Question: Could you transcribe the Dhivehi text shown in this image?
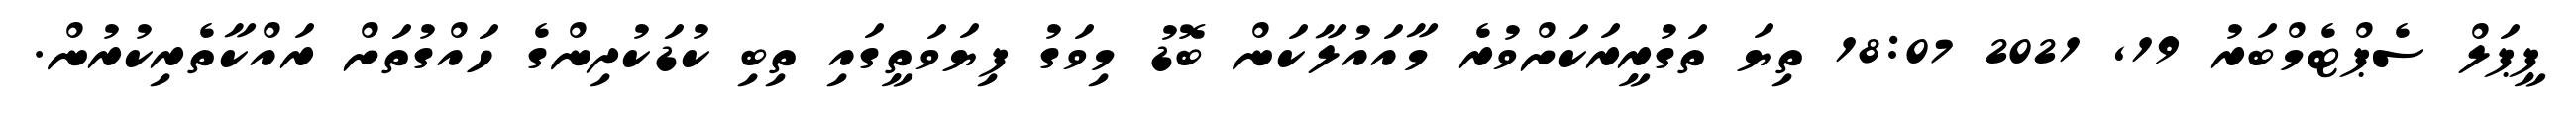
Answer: ޕީޕަލް ސެޕްޓެމްބަރު 19, 2021 18:07 ތިޔަ ތަގުރީރަކަށްވުރެ މާއައުލާކަން ބޮޑު މިވަގު ފިޔަވަތީގައި ތިބި ކުޑަކުދިންގެ ހައްގުތަށް ރައްކާތެރިކުރުން.